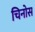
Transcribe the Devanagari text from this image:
चिनोस